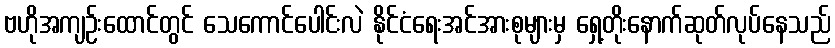
ဗဟိုအကျဉ်းထောင်တွင် သေကောင်ပေါင်းလဲ နိုင်ငံရေးအင်အားစုများမှ ရှေ့တိုးနောက်ဆုတ်လုပ်နေသည်